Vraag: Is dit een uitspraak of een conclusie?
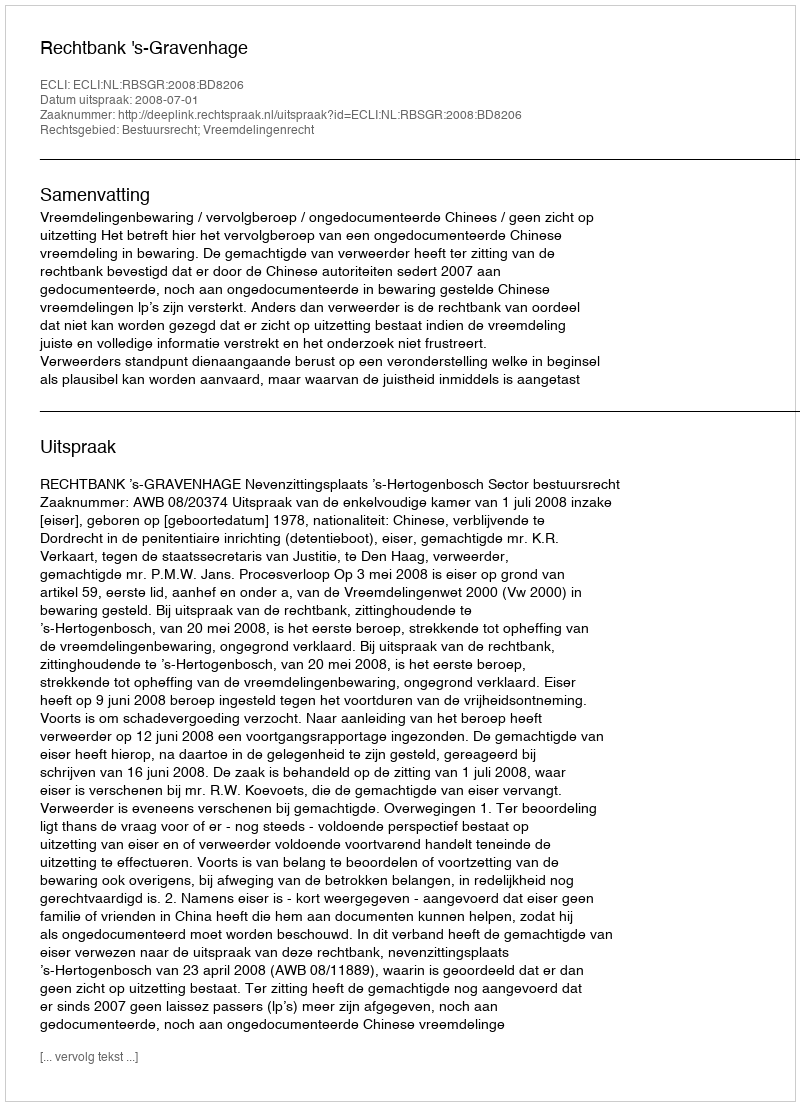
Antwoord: Uitspraak